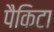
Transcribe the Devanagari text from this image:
पैकिटा